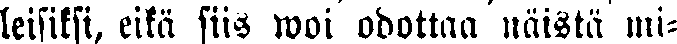
leisiksi, eikä siis woi odottaa näistä mi-